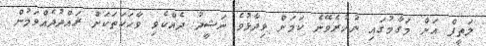
ލަތީފް އަށް މަގާމުގައި ނުހުރެވޭނެ ކަމަށް ވިދާޅުވެ ނަޝީދު ދެއްކެވި ވާހަކަތަކަށް ރައްދުދެއްވަމުން